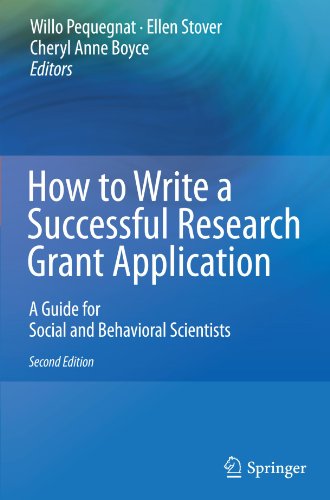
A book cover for How to Write a Successful Research Grant Application: A Guide for Social and Behavioral Scientists; Medical Books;